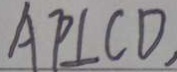
A P \bot C D ,